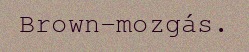
Brown-mozgás.